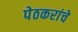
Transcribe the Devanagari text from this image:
पेठकरांचे